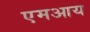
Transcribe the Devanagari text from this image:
एमआय